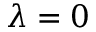
\lambda = 0